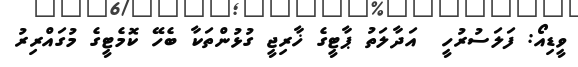
ވީޑިއޯ: ފަލަސުރުހީ  އަދާލަތު ޕާޓީގެ ޚާރިޖީ ގުޅުންތަކާ ބެހޭ ކޮމެޓީގެ މުގައްރިރު